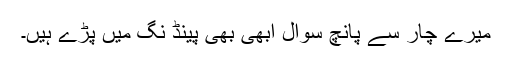
میرے چار سے پانچ سوال ابھی بھی پینڈ نگ میں پڑے ہیں۔